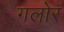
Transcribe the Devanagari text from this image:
गलोर